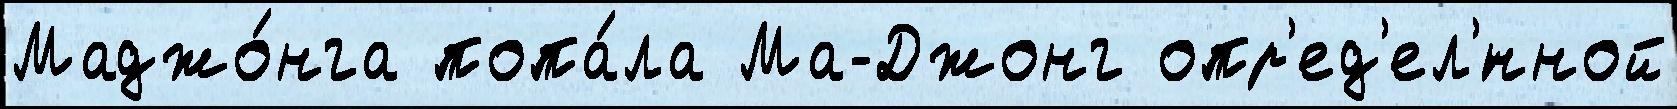
Маджо́нга попа́ла Ма-Джонг опр'ед'ел'́нной